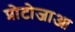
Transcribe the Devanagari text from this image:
प्रोटोजाआ